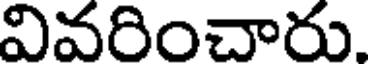
వివరించారు.